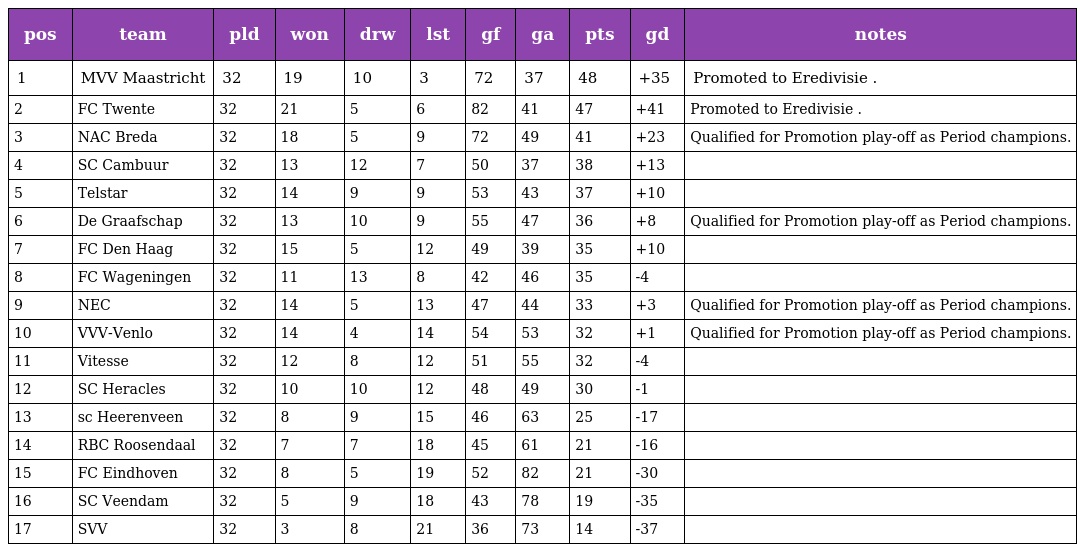
| pos | team | pld | won | drw | lst | gf | ga | pts | gd | notes |
 | --- | --- | --- | --- | --- | --- | --- | --- | --- | --- | --- |
 | 1 | MVV Maastricht | 32 | 19 | 10 | 3 | 72 | 37 | 48 | +35 | Promoted to Eredivisie . |
 | 2 | FC Twente | 32 | 21 | 5 | 6 | 82 | 41 | 47 | +41 | Promoted to Eredivisie . |
 | 3 | NAC Breda | 32 | 18 | 5 | 9 | 72 | 49 | 41 | +23 | Qualified for Promotion play-off as Period champions. |
 | 4 | SC Cambuur | 32 | 13 | 12 | 7 | 50 | 37 | 38 | +13 |  |
 | 5 | Telstar | 32 | 14 | 9 | 9 | 53 | 43 | 37 | +10 |  |
 | 6 | De Graafschap | 32 | 13 | 10 | 9 | 55 | 47 | 36 | +8 | Qualified for Promotion play-off as Period champions. |
 | 7 | FC Den Haag | 32 | 15 | 5 | 12 | 49 | 39 | 35 | +10 |  |
 | 8 | FC Wageningen | 32 | 11 | 13 | 8 | 42 | 46 | 35 | -4 |  |
 | 9 | NEC | 32 | 14 | 5 | 13 | 47 | 44 | 33 | +3 | Qualified for Promotion play-off as Period champions. |
 | 10 | VVV-Venlo | 32 | 14 | 4 | 14 | 54 | 53 | 32 | +1 | Qualified for Promotion play-off as Period champions. |
 | 11 | Vitesse | 32 | 12 | 8 | 12 | 51 | 55 | 32 | -4 |  |
 | 12 | SC Heracles | 32 | 10 | 10 | 12 | 48 | 49 | 30 | -1 |  |
 | 13 | sc Heerenveen | 32 | 8 | 9 | 15 | 46 | 63 | 25 | -17 |  |
 | 14 | RBC Roosendaal | 32 | 7 | 7 | 18 | 45 | 61 | 21 | -16 |  |
 | 15 | FC Eindhoven | 32 | 8 | 5 | 19 | 52 | 82 | 21 | -30 |  |
 | 16 | SC Veendam | 32 | 5 | 9 | 18 | 43 | 78 | 19 | -35 |  |
 | 17 | SVV | 32 | 3 | 8 | 21 | 36 | 73 | 14 | -37 |  |